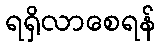
ရရှိလာစေရန်